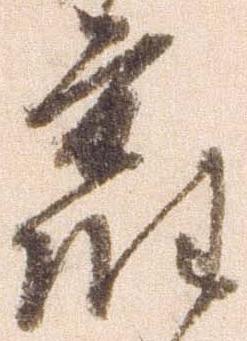
旧